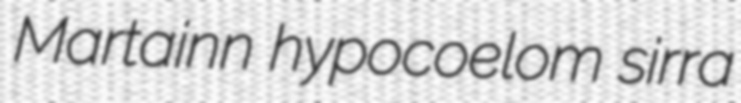
Martainn hypocoelom sirra